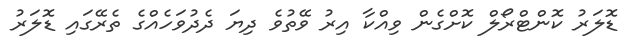
ޑޮލަރު ކޮންޓްރޯލް ކޮށްގެން ވިއްކާ އިރު ވޭތުވެ ދިޔަ ދެދުވަހެއްގެ ތެރޭގައި ޑޮލަރު